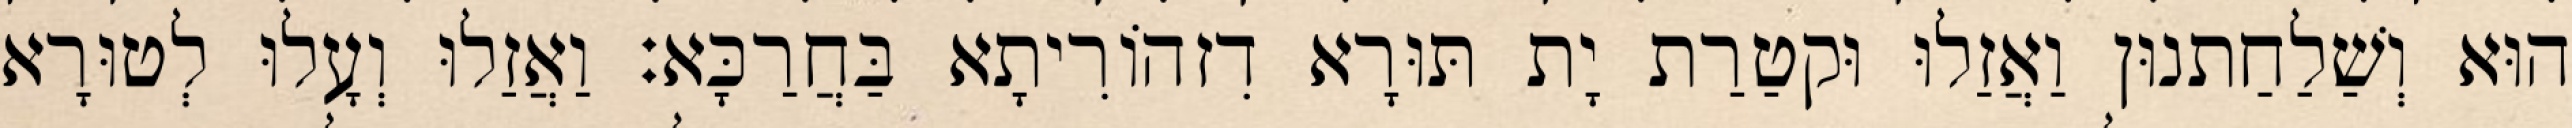
הוּא וְשַׁלַחַתנוּן וַאֲזַלוּ וּקטַרַת יָת תּוּרָא דִזהוֹרִיתָא בַּחֲרַכָּא׃ וַאֲזַלוּ וְעָלוּ לְטוּרָא